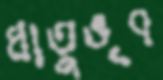
ধাতুভৃৎ